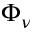
\Phi _ { \nu }